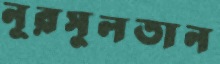
নূরসুলতান